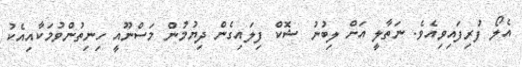
އެލޯ ފުރިފައިވިއެވެ. ނަތާލީ އަށް ލިބުނު ޝޮކް ފިލައިގެން ދިޔުމުން މަސްނޫއީ ހިނިތުންވުމަކާއިއެކު